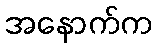
အနောက်က